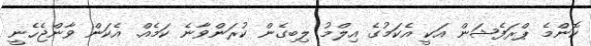
ކޮންމެ ޕްރަފެޝަން އަކީ އެކަމުގެ އިލްމު ލިބިގެން ކުރަންވާނެ ކަމެއް. އެކަން ވާންޖެހެނީ